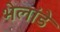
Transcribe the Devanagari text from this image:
भेलांडे